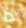
لذا